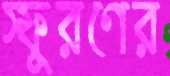
স্ফুরণের